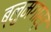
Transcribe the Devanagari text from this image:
ब्लुमगार्ट